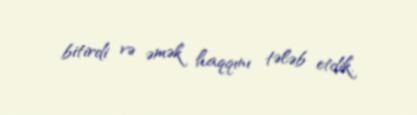
bitirdi və əmək haqqını tələb etdik.